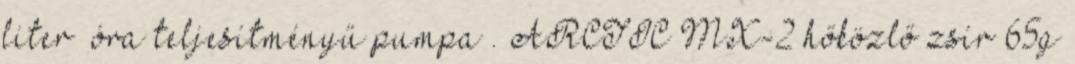
liter óra teljesítményű pumpa . ARCTIC MX-2 hőközlő zsír 65g